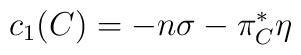
c_{1}(C)= -n\sigma -\pi_{C}^{*}\eta